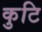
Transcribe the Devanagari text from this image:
कुटि